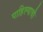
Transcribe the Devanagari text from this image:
पाहिल्याची